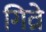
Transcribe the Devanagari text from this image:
गिव्रे